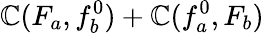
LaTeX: \mathbb{C}(F_{a},f_{b}^{0})+\mathbb{C}(f_{a}^{0},F_{b})